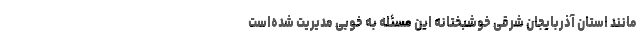
مانند استان آذربایجان شرقی خوشبختانه این مسئله به خوبی مدیریت شده‌است